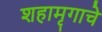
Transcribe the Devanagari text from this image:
शहामृगाचे